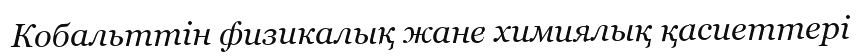
Кобальттін физикалық жане химиялық қасиеттері